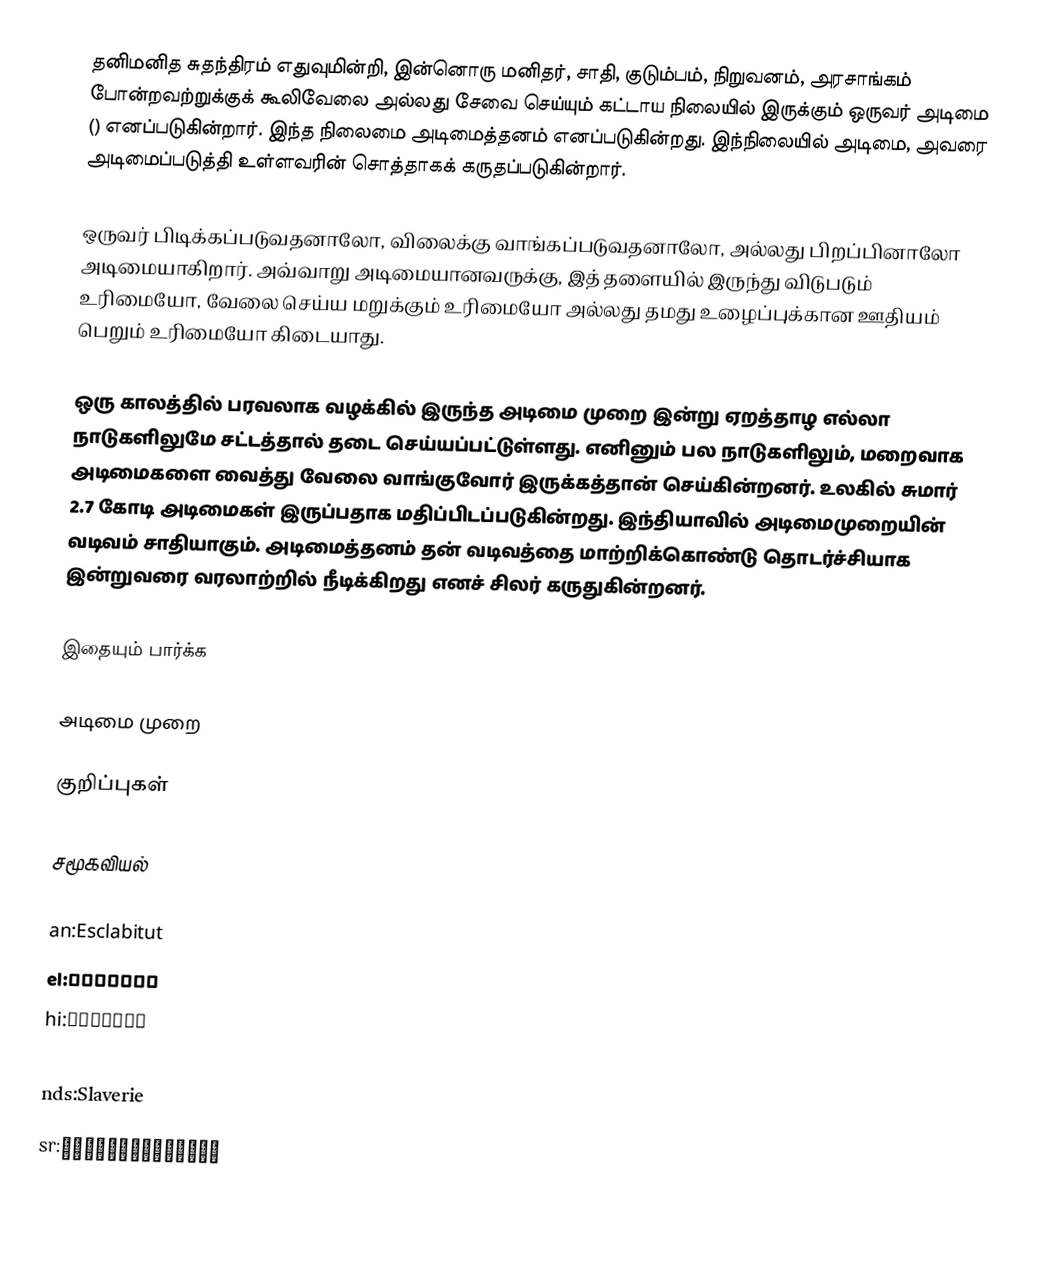
தனிமனித சுதந்திரம் எதுவுமின்றி, இன்னொரு மனிதர், சாதி, குடும்பம், நிறுவனம், அரசாங்கம் போன்றவற்றுக்குக் கூலிவேலை அல்லது சேவை செய்யும் கட்டாய நிலையில் இருக்கும் ஒருவர்  அடிமை () எனப்படுகின்றார். இந்த நிலைமை அடிமைத்தனம் எனப்படுகின்றது. இந்நிலையில் அடிமை, அவரை அடிமைப்படுத்தி உள்ளவரின் சொத்தாகக் கருதப்படுகின்றார்.

ஒருவர் பிடிக்கப்படுவதனாலோ, விலைக்கு வாங்கப்படுவதனாலோ, அல்லது பிறப்பினாலோ அடிமையாகிறார். அவ்வாறு அடிமையானவருக்கு, இத் தளையில் இருந்து விடுபடும் உரிமையோ, வேலை செய்ய மறுக்கும் உரிமையோ அல்லது தமது உழைப்புக்கான ஊதியம் பெறும் உரிமையோ கிடையாது.

ஒரு காலத்தில் பரவலாக வழக்கில் இருந்த அடிமை முறை இன்று ஏறத்தாழ எல்லா நாடுகளிலுமே சட்டத்தால் தடை செய்யப்பட்டுள்ளது. எனினும் பல நாடுகளிலும், மறைவாக அடிமைகளை வைத்து வேலை வாங்குவோர் இருக்கத்தான் செய்கின்றனர். உலகில் சுமார் 2.7 கோடி அடிமைகள் இருப்பதாக மதிப்பிடப்படுகின்றது. இந்தியாவில் அடிமைமுறையின் வடிவம் சாதியாகும். அடிமைத்தனம் தன் வடிவத்தை மாற்றிக்கொண்டு தொடர்ச்சியாக இன்றுவரை வரலாற்றில் நீடிக்கிறது எனச் சிலர் கருதுகின்றனர்.

இதையும் பார்க்க

அடிமை முறை

குறிப்புகள்

சமூகவியல்

an:Esclabitut
el:Σκλαβιά
hi:ग़ुलामी
ms:Hamba abdi
nds:Slaverie
sr:Робовласништво